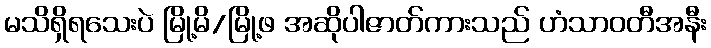
မသိရှိရသေးပဲ မြို့မိ/မြို့ဖ အဆိုပါဇာတ်ကားသည် ဟံသာဝတီအနီး